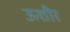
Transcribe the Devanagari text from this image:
ऊशीर